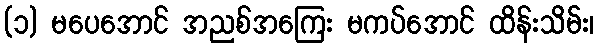
(၁) မပေအောင် အညစ်အကြေး မကပ်အောင် ထိန်းသိမ်း၊